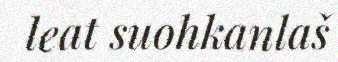
leat suohkanlaš